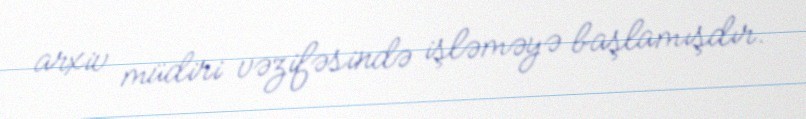
arxiv müdiri vəzifəsində işləməyə başlamışdır.